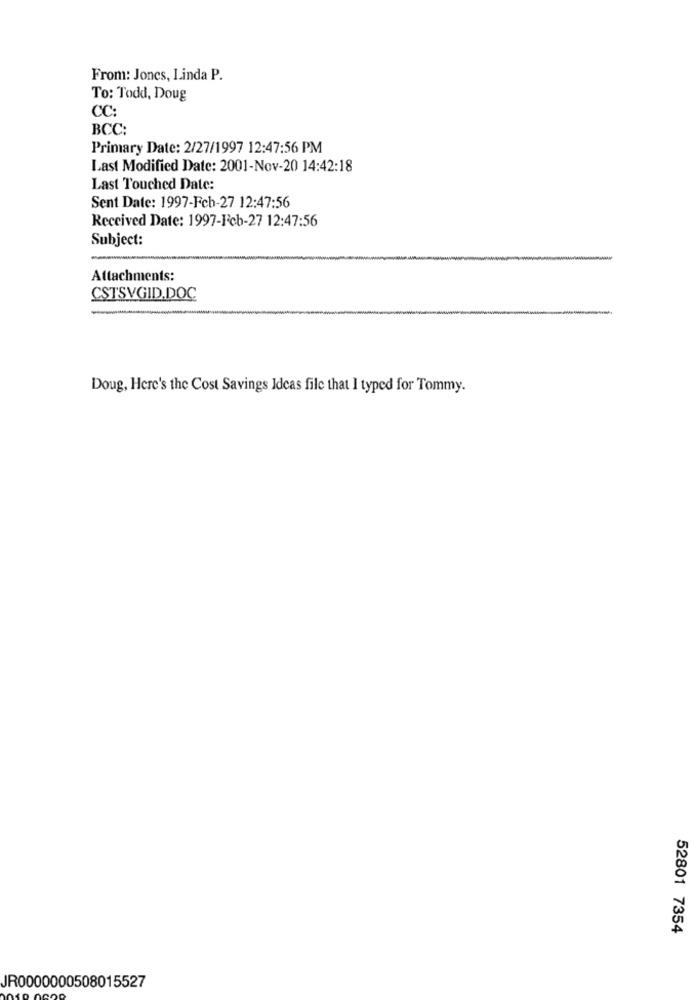
From: Jones, Linda P.
To: Todd, Doug
CC:
BCC:
Primary Date: 2/27/1997 12:47:56 PM
Last Modified Date: 2001-Nov-20 14:42:18
Last Touched Date:
Sent Date: 1997-Feb-27 12:47:56
Received Date: 1997-Feb-27 12:47:56
Subject:
Attachments:
CSTSVGID.DOC
Doug, Here's the Cost Savings Ideas file that I typed for Tommy.
52801 7354
JR0000000508015527